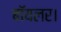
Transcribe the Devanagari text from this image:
बॉयलर।